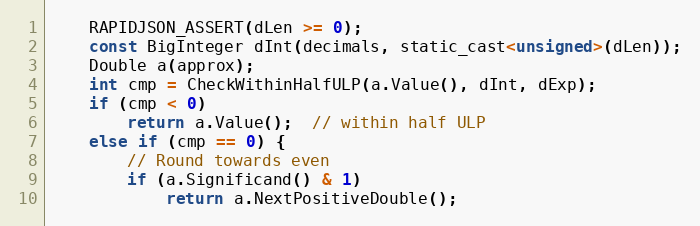
Language: C
    RAPIDJSON_ASSERT(dLen >= 0);
    const BigInteger dInt(decimals, static_cast<unsigned>(dLen));
    Double a(approx);
    int cmp = CheckWithinHalfULP(a.Value(), dInt, dExp);
    if (cmp < 0)
        return a.Value();  // within half ULP
    else if (cmp == 0) {
        // Round towards even
        if (a.Significand() & 1)
            return a.NextPositiveDouble();